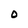
Character: 0